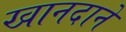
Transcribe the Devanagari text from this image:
खानदाने